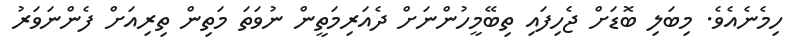
ހިމެނެއެވެ. މިބަލި ބޮޑަށް ޖެހިފައި ތިބޭމީހުންނަށް ދެއަރިމަތީން ނުވަތަ މަތިން ތިރިއަށް ފެންނަވަރު